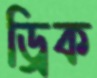
ড্রিক